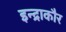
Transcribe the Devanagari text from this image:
इन्द्राकौर